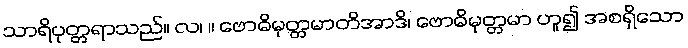
သာရိပုတ္တရာသည်။ လ၊ ။ ဗောဓိမုတ္တမာတိအာဒိ၊ ဗောဓိမုတ္တမာ ဟူ၍ အစရှိသော